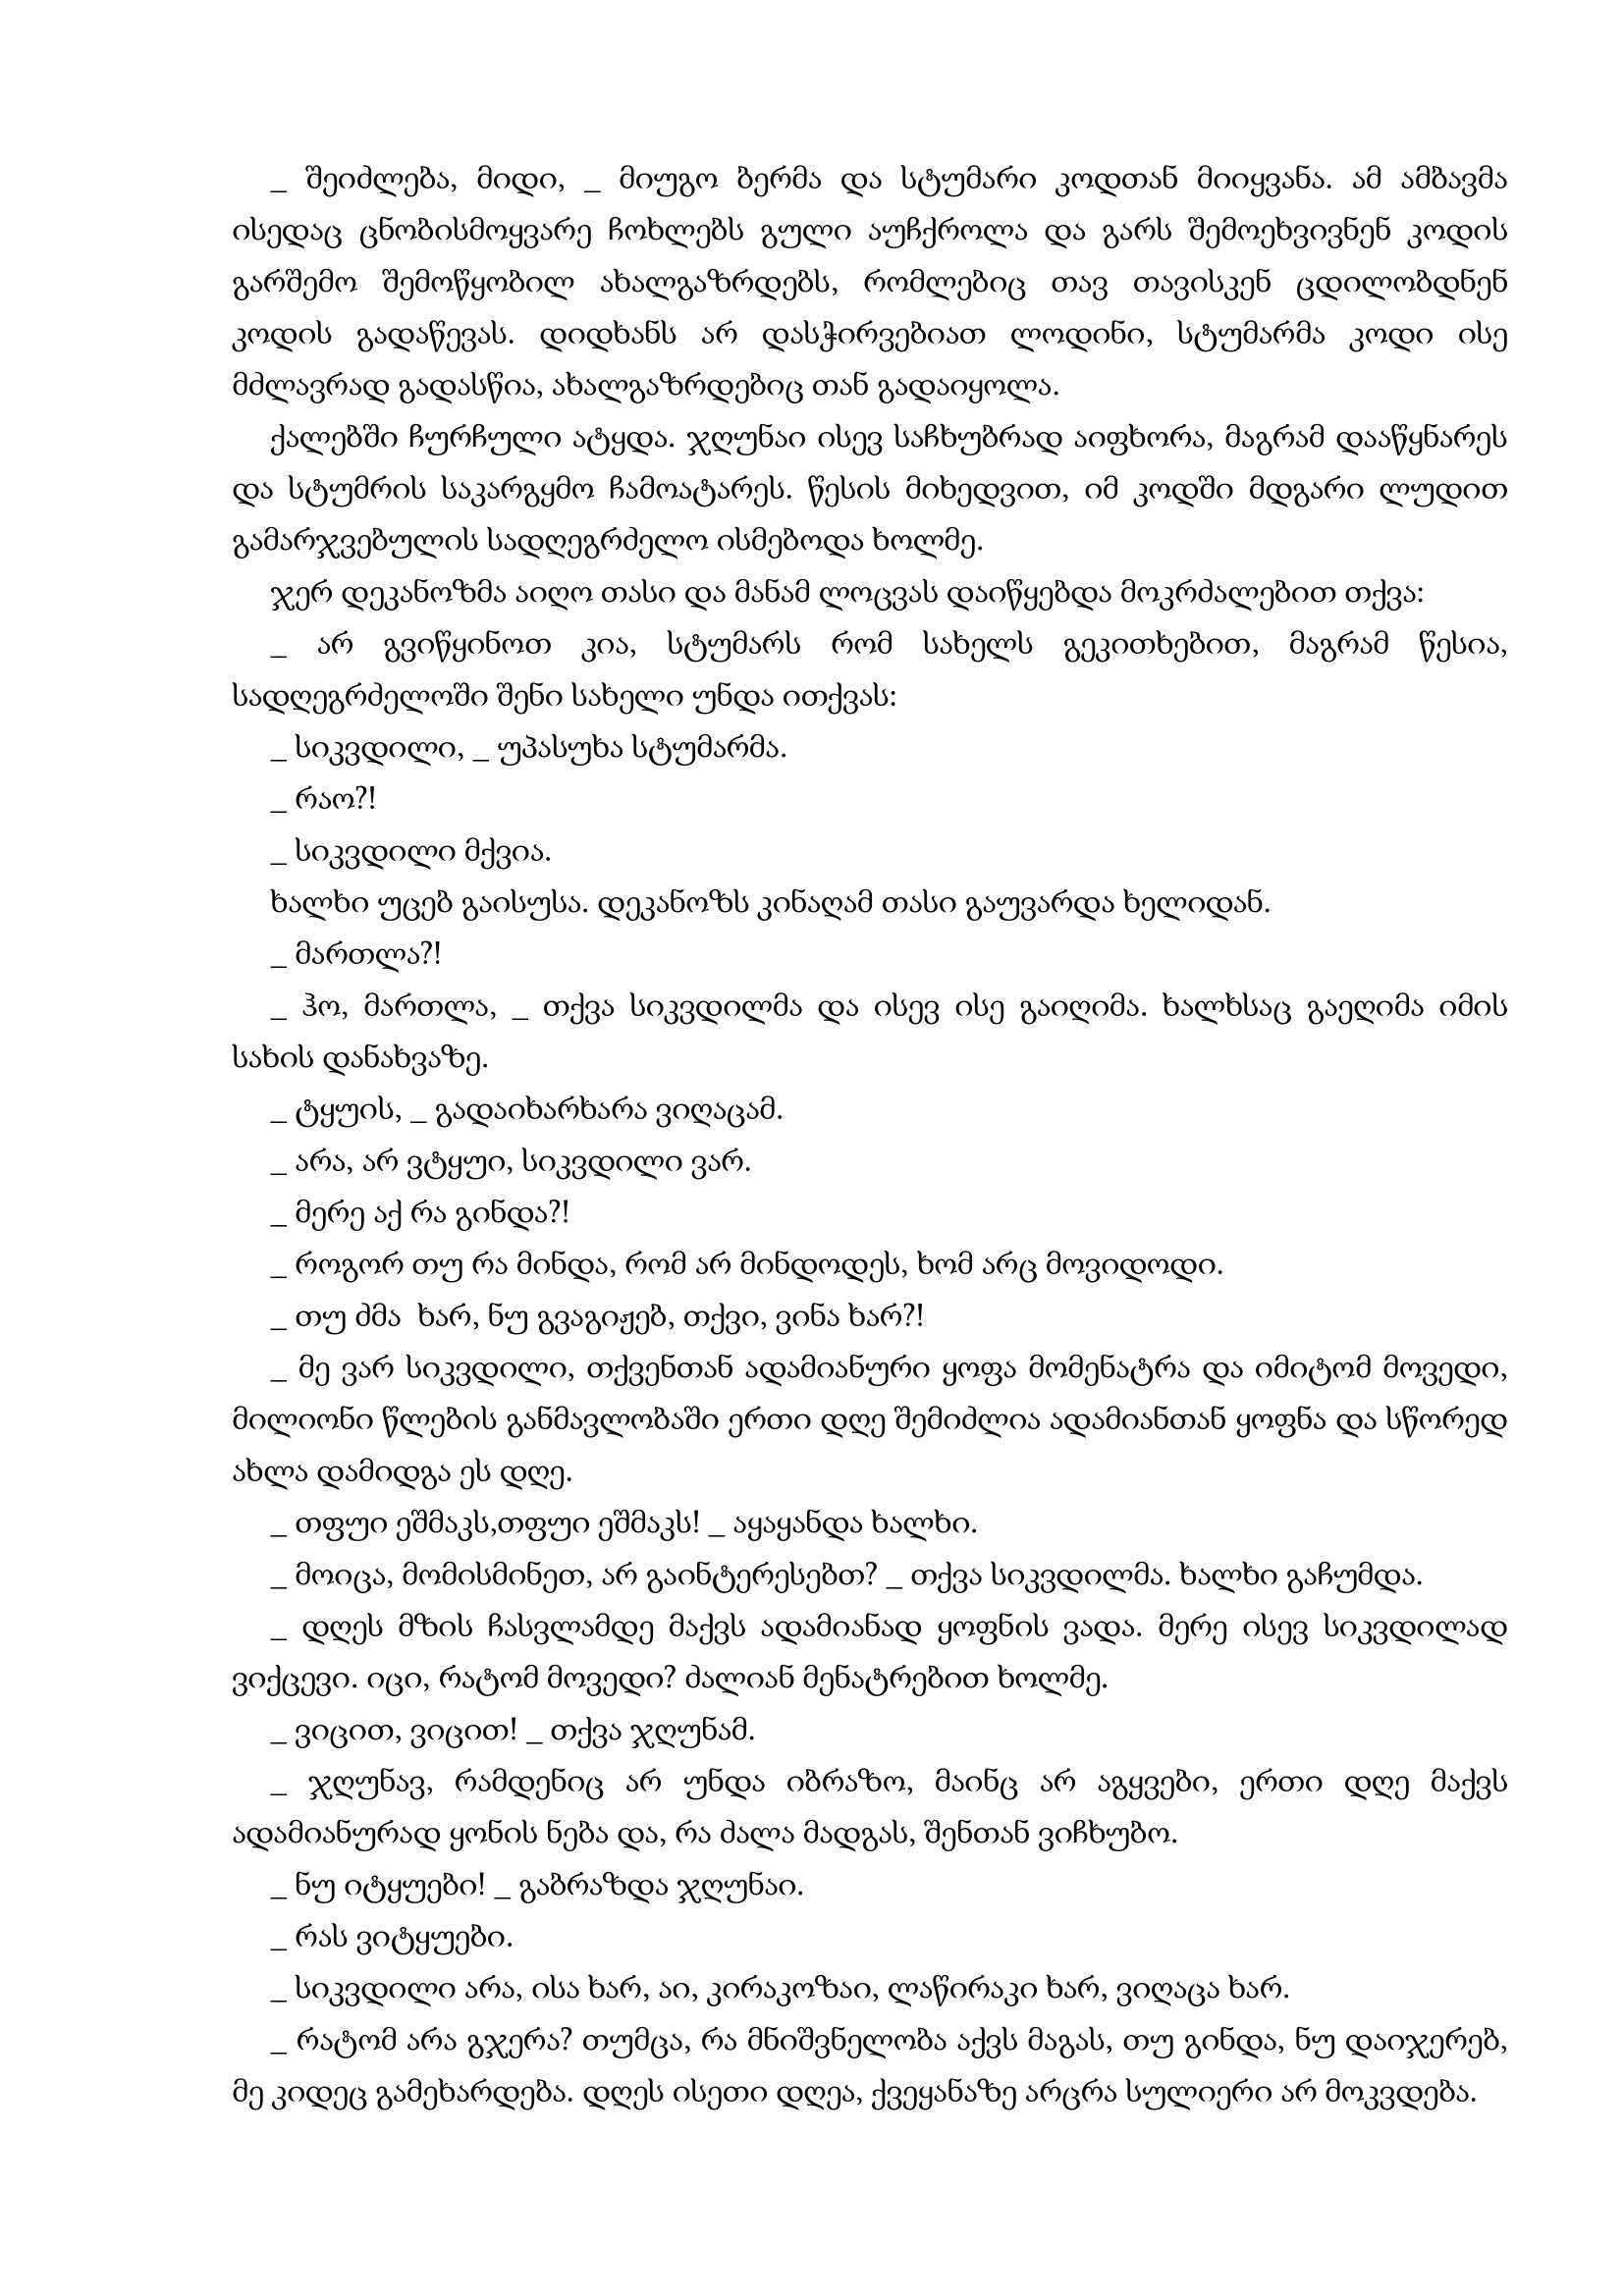
Language: gr